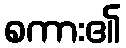
စကား၏